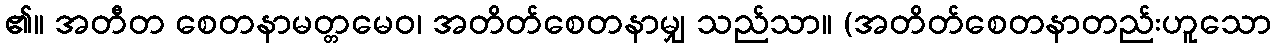
၏။ အတီတ စေတနာမတ္တမေဝ၊ အတိတ်စေတနာမျှ သည်သာ။ (အတိတ်စေတနာတည်းဟူသော